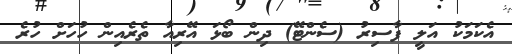
އެކަަމަކު އަލީ ފާސިރު (ސެންޓޭ) ދިން ބޯޅަ އޭރިއާ ތެރެއިން ހުހަށް ހުރެ